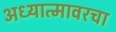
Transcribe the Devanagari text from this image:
अध्यात्मावरचा